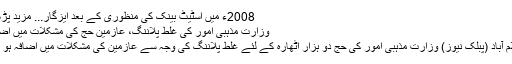
2008ء میں اسٹیٹ بینک کی منظوری کے بعد ایزگار... مزید پڑھیں
وزارت مذہبی امور کی غلط پلاننگ، عازمین حج کی مشکلات میں اضافہ
اسلام آباد (پبلک نیوز) وزارت مذہبی امور کی حج دو ہزار اٹھارہ کے لئے غلط پلاننگ کی وجہ سے عازمین کی مشکلات میں اضافہ ہو گیا۔